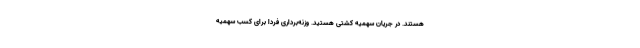
هستند. در جریان سهمیه کشتی هستید. وزنه‌برداری فردا برای کسب سهمیه